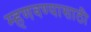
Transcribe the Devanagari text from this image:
म्हणवण्यासाठी